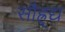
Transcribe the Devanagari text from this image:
सौह्र्द्य